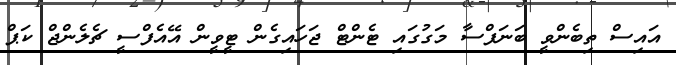
އައިސް ތިބެންވީ ބަނަފްސާ މަގުގައި ޓެންޓް ޖަހައިގެން ޓީވީން އޭއެފްސީ ޗެލެންޖް ކަޕް